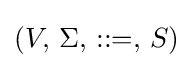
(V,\,\Sigma ,\,::=,\,S)